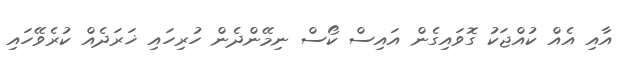
އާއި އެއް ކުއްޖަކު ގޮވައިގެން އައިސް ކޯސް ނިމޭންދެން ހުރިހައި ޚަރަދެއް ކުރެވޭހައި